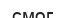
смог